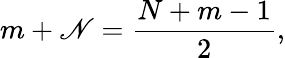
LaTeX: m+\mathscr{N}=\frac{{N+m-1}}{{2}},